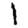
Digit: 1